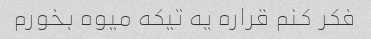
فکر کنم قراره یه تیکه میوه بخورم